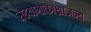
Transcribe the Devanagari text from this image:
सहयोगाकांक्षाजन्य